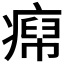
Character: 𬏹